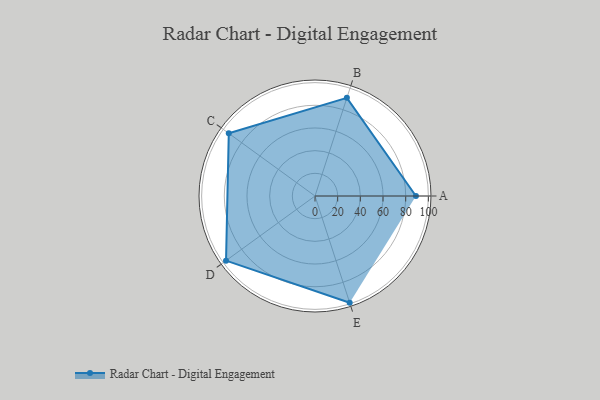
{"axis": {"x": "Skill", "y": "Score"}, "legend": ["Profile"], "data": [{"x": "A", "y": 89.0, "type": "Profile"}, {"x": "B", "y": 91.0, "type": "Profile"}, {"x": "C", "y": 94.0, "type": "Profile"}, {"x": "D", "y": 97.0, "type": "Profile"}, {"x": "E", "y": 99.0, "type": "Profile"}]}